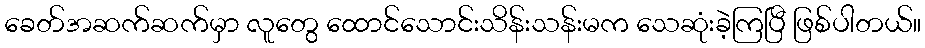
ခေတ်အဆက်ဆက်မှာ လူတွေ ထောင်သောင်းသိန်းသန်းမက သေဆုံးခဲ့ကြပြီ ဖြစ်ပါတယ်။